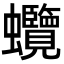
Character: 𧖐